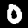
Label: 0